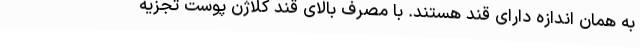
به همان اندازه دارای قند هستند. با مصرف بالای قند کلاژن پوست تجزیه